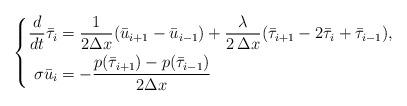
LaTeX: \begin{align*} \left\{ \begin{aligned} \dfrac{d}{dt} \bar\tau_i &= \dfrac{1}{2\Delta x} ( \bar u_{i+1} - \bar u_{i-1} )+ \dfrac{\lambda}{2\,\Delta x}(\bar\tau_{i+1}-2 \bar\tau_i+\bar\tau_{i-1} ),\\ \sigma \bar u_i &=-\dfrac{p(\bar\tau_{i+1}) - p(\bar\tau_{i-1})}{2\Delta x} \end{aligned}\right. \end{align*}